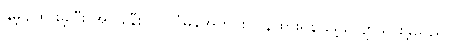
နှိမ့်ချထားခဲ့ပြီး အိပ်ခါနီးတွင် ပုံမှန်အတိုင်း ပြန်ထားရန် မေ့လျောသွားခဲ့သည်။